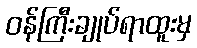
ဝန်ကြီးချုပ်ရာထူးမှ